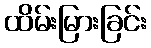
ထိမ်းမြားခြင်း